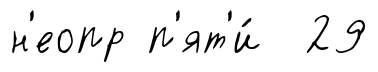
н'еопр п'ят'и́ 29